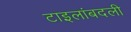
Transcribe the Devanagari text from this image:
टाइलांबदली